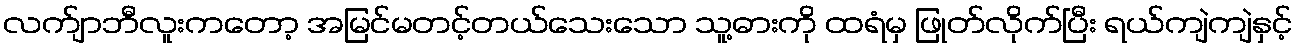
လက်ျာဘီလူးကတော့ အမြင်မတင့်တယ်သေးသော သူ့ဓားကို ထရံမှ ဖြုတ်လိုက်ပြီး ရယ်ကျဲကျဲနှင့်